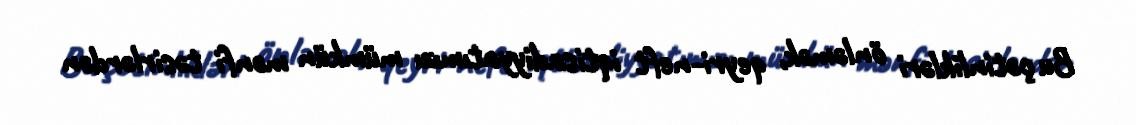
Bu çətinlikləri önləmək, qeyri-neft iqtisadiyyatımızı mümkün mənfi təsirlərdən